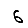
Digit: 6